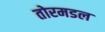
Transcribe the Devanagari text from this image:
तोरमडल